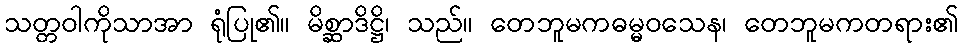
သတ္တဝါကိုသာအာ ရုံပြု၏။ မိစ္ဆာဒိဋ္ဌိ၊ သည်။ တေဘူမကဓမ္မဝသေန၊ တေဘူမကတရား၏